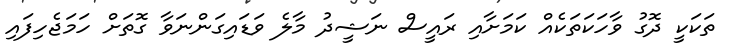
ތަކަކީ ދޮގު ވާހަކަތަކެއް ކަމަށާއި ރައީސް ނަޝީދު މާލެ ވަޑައިގަންނަވާ ގޮތަށް ހަމަޖެހިފައި